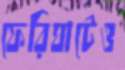
ফেরিঘাটেও